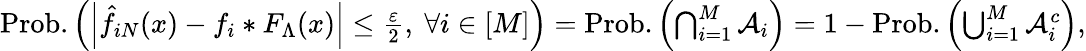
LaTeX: \begin{array}{r}{\mathrm{Prob.}\left(\left|\hat{f}_{iN}(x)-f_{i}*F_{\Lambda}(x)\right|\le\frac{\varepsilon}{2},\ \forall i\in[M]\right)=\mathrm{Prob.}\left(\bigcap_{i=1}^{M}{\cal{A}}_{i}\right)=1-\mathrm{Prob.}\left(\bigcup_{i=1}^{M}{\cal{A}}_{i}^{c}\right),}\end{array}